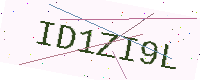
Text: ID1ZI9L